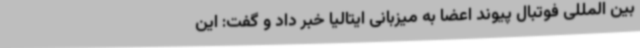
بین المللی فوتبال پیوند اعضا به میزبانی ایتالیا خبر داد و گفت: این